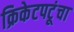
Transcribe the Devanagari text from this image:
क्रिकेटपटूंचा